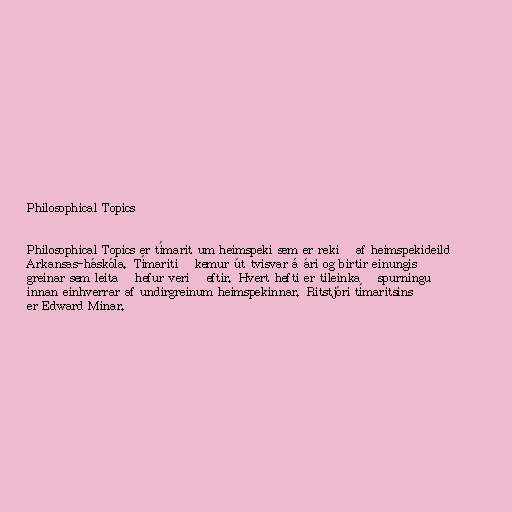
Philosophical Topics

Philosophical Topics er tímarit um heimspeki sem er rekið af heimspekideild
Arkansas-háskóla. Tímaritið kemur út tvisvar á ári og birtir einungis
greinar sem leitað hefur verið eftir. Hvert hefti er tileinkað spurningu
innan einhverrar af undirgreinum heimspekinnar. Ritstjóri tímaritsins
er Edward Minar.